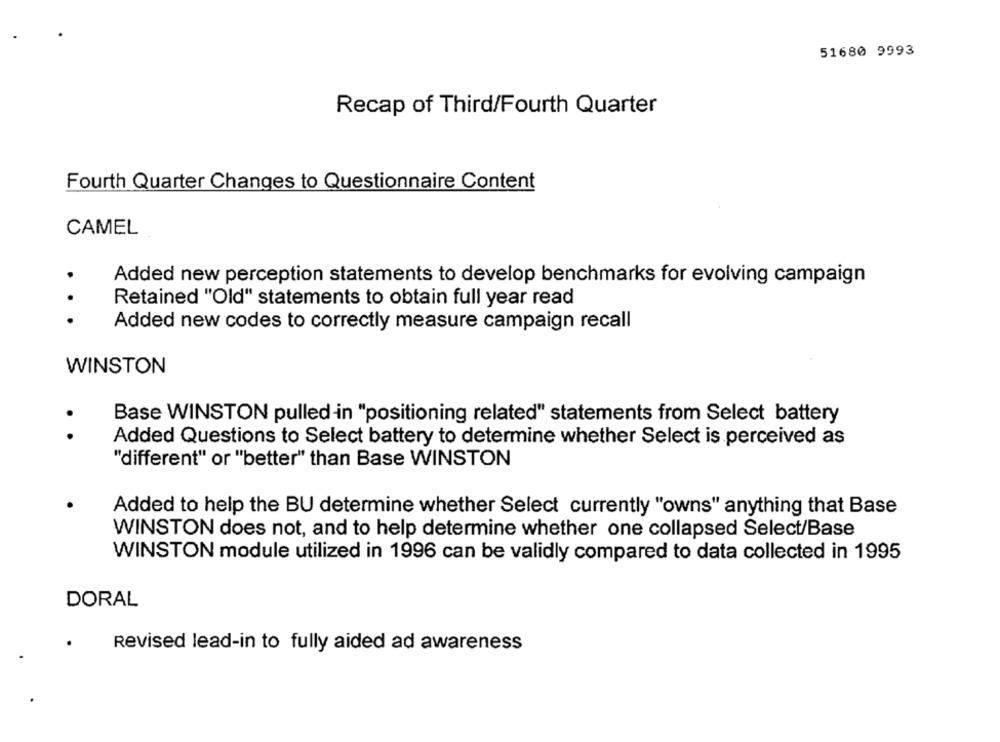
51680 9993
Recap of Third/Fourth Quarter
Fourth Quarter Changes to Questionnaire Content
CAMEL
Added new perception statements to develop benchmarks for evolving campaign
Retained "Old" statements to obtain full year read
...
Added new codes to correctly measure campaign recall
WINSTON
.
Base WINSTON pulled -in "positioning related" statements from Select battery
Added Questions to Select battery to determine whether Select is perceived as
"different" or "better" than Base WINSTON
Added to help the BU determine whether Select currently "owns" anything that Base
WINSTON does not, and to help determine whether one collapsed Select/Base
WINSTON module utilized in 1996 can be validly compared to data collected in 1995
DORAL
Revised lead-in to fully aided ad awareness